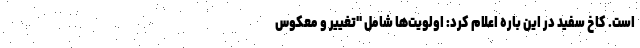
است. کاخ سفید در این باره اعلام کرد: اولویت‌ها شامل "تغییر و معکوس